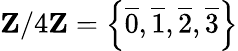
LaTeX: \mathbf{Z}/4\mathbf{Z}=\left\{ {\overline{{0}}},{\overline{{1}}},{\overline{{2}}},{\overline{{3}}}\right\}